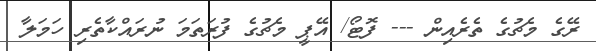
ރޭގެ މެޗުގެ ތެރެއިން --- ފޮޓޯ/ އޭޕީ މެޗުގެ ފުރަތަމަ ނުރައްކާތެރި ހަމަލާ